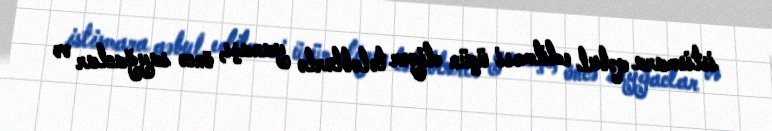
istismara qəbul edilməsi üçün digər tələblərlə yanaşı, öncə sayğaclar və